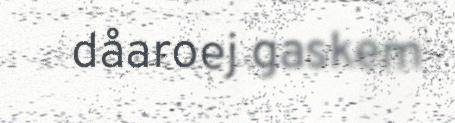
dåaroej gaskem